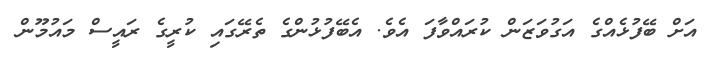
އަށް ބޭފުޅެއްގެ އަގުވަޒަން ކުރައްވާފަ އެވެ. އެބޭފުޅުންގެ ތެރޭގައި ކުރީގެ ރައީސް މައުމޫން